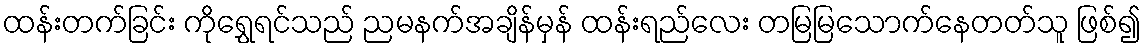
ထန်းတက်ခြင်း ကိုရွှေရင်သည် ညမနက်အချိန်မှန် ထန်းရည်လေး တမြမြသောက်နေတတ်သူ ဖြစ်၍